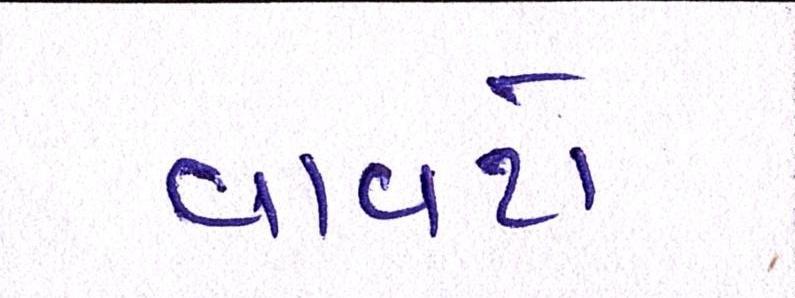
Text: વાવટો